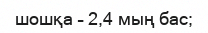
шошқа – 2,4 мың бас;